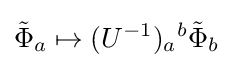
{\tilde {\Phi }}_{a}\mapsto (U^{-1})_{a}{}^{b}{\tilde {\Phi }}_{b}